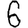
Digit: 6